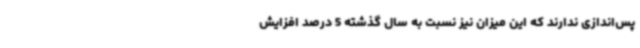
پس‌اندازی ندارند که این میزان نیز نسبت به سال گذشته 5 درصد افزایش